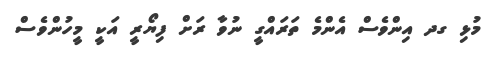
މުޅި ގދ އިންވެސް އެންމެ ތަރައްގީ ނުވާ ރަށް ފިޔޯރީ އަކީ މީހުންވެސް